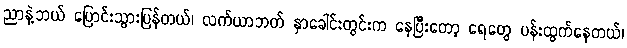
ညာနဲ့ဘယ် ပြောင်းသွားပြန်တယ်၊ လက်ယာဘတ် နှာခေါင်းတွင်းက နေပြီးတော့ ရေတွေ ပန်းထွက်နေတယ်၊